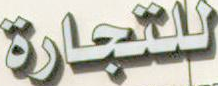
للتجارة